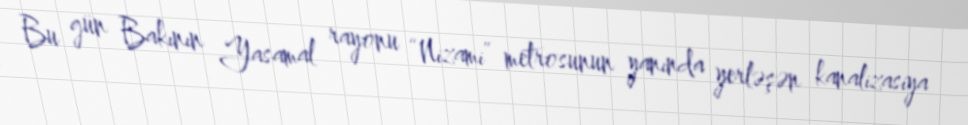
Bu gün Bakının Yasamal rayonu “Nizami” metrosunun yanında yerləşən kanalizasiya